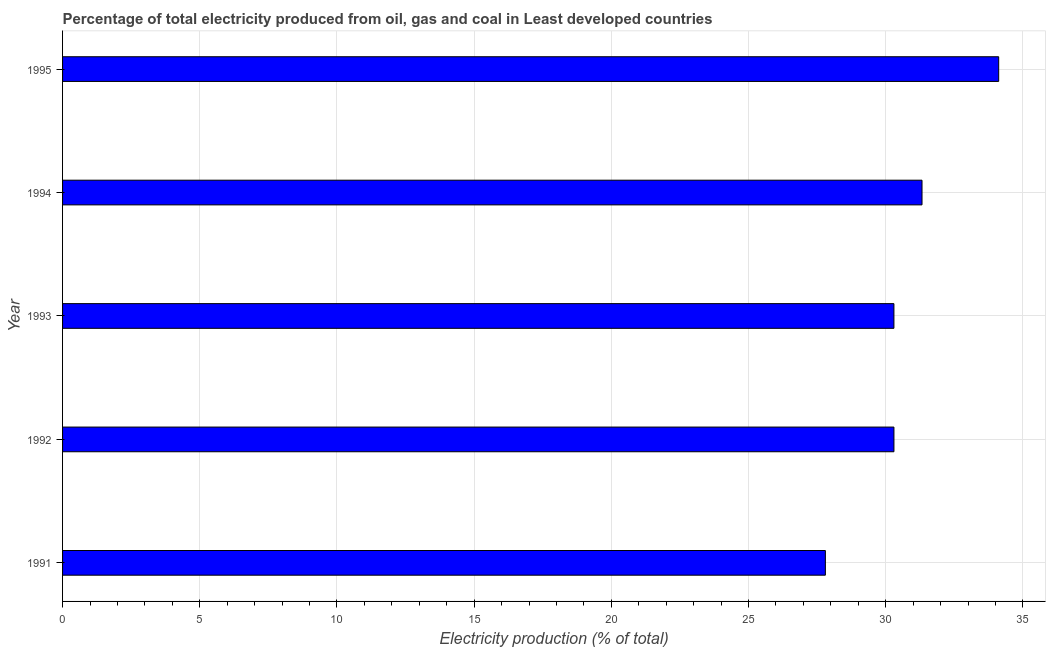
| Year | Electricity production |
 | --- | --- |
 | 1991 | 27.8 |
 | 1992 | 30.3 |
 | 1993 | 30.3 |
 | 1994 | 31.3 |
 | 1995 | 34.1 |